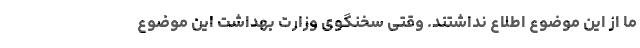
ما از این موضوع اطلاع نداشتند. وقتی سخنگوی وزارت بهداشت این موضوع